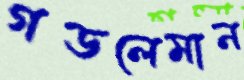
গডলেমান